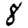
Digit: 8